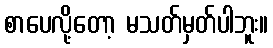
စာပေလို့တော့ မသတ်မှတ်ပါဘူး။